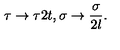
\tau \rightarrow \tau 2 t , \sigma \rightarrow \frac { \sigma } { 2 l } .